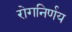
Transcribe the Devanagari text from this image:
रोगनिर्णय